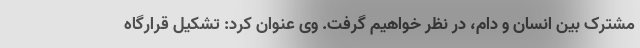
مشترک بین انسان و دام، در نظر خواهیم گرفت. وی عنوان کرد: تشکیل قرارگاه